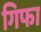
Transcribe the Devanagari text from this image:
गिफा